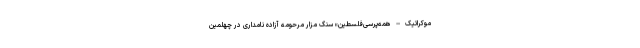
موکراتیک=همه‌پرسی‌فلسطین» سنگ مزار مرحومه آزاده نامداری در چهلمین